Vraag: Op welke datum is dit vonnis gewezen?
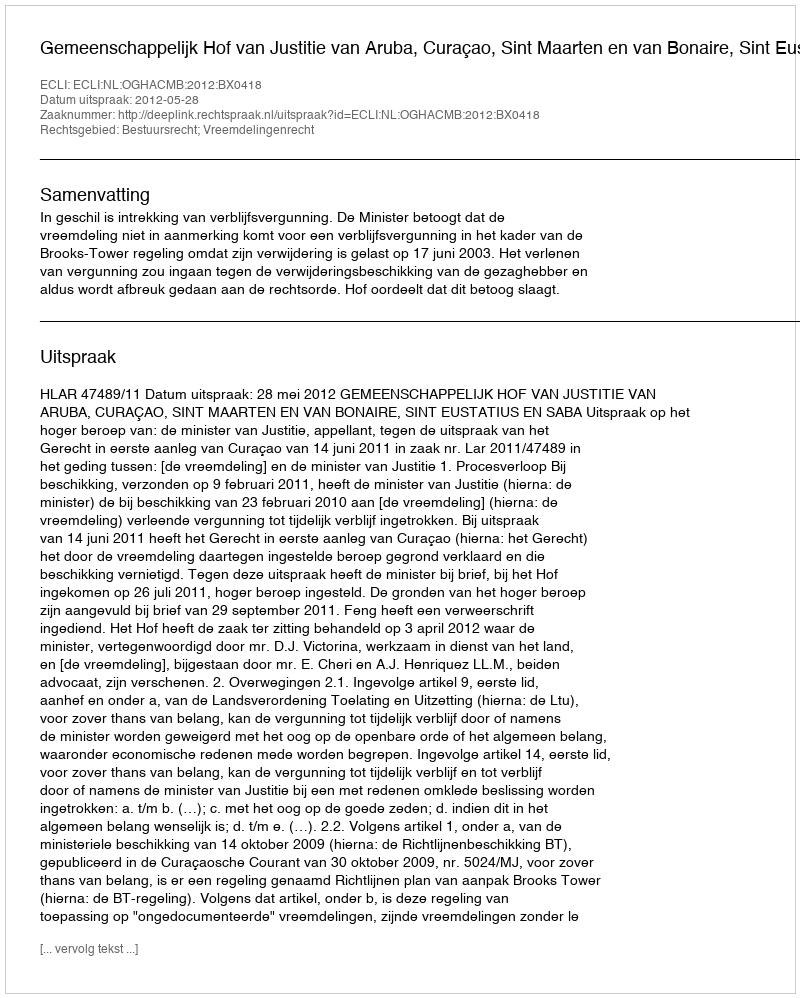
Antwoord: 2012-05-28